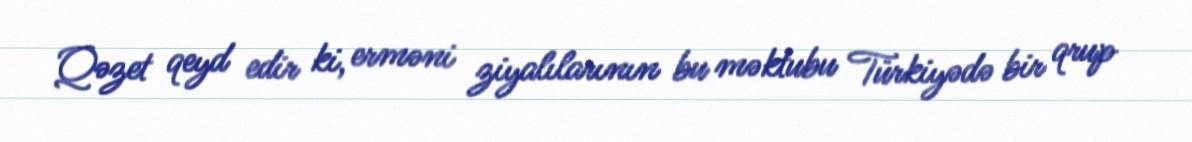
Qəzet qeyd edir ki, erməni ziyalılarının bu məktubu Türkiyədə bir qrup